King Institute of Preventive Medicine Micro-Biological Section reports 1909-11
Year: 1909
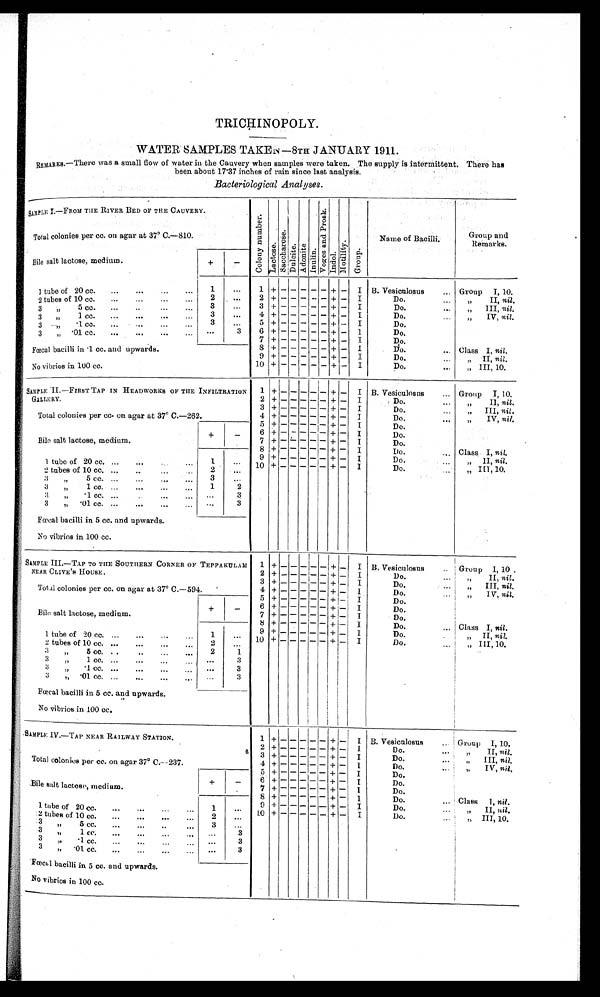
TRICHINOPOLY.
WATER SAMPLES TAKEN—8TH JANUARY 1911.
REMARKS.—There was a small flow of water in the Cauvery when samples were taken. The supply is intermittent. There has
been about 17.37 inches of rain since last analysis.
Bacteriological Analyses.
SAMPLE I.—FROM THE RIVER BED OF THE CAUVERY.
C o l o n y n u m b e r .
L a c t o s e . Saccharose.
D u l c i t e .
A d o n i t e .
I n u l i n . V o g e s a n d P r o s k . I n d o l . M o t i l i t y .
G r o u p .
Name of Bacilli.
Group and
Remarks.
Total colonies per cc. on agar at 37° C.—810.
Bile salt lactose, medium.
+
-
1 tube of 20 cc.
...
...
...
. . .
1
...
1
+ -
-
- -
-
+ -
I B. Vesiculosus
... Group
I, 10.
2 + - - - - - + -
I
Do.
...
„ II, nil.
2 tubes of 10 cc.
. . .
2
...
3
+ -
-
- -
- + -
I
Do.
...
„ III, nil.
3 „ 5 cc.
...
. . .
3
. . .
4
+ -
-
- -
- + -
I
Do.
„ I V ,
n i l .
3 „ 1 cc.
...
...
...
. . .
3
...
5 + - - - - -
+ -
I
Do.
3 „ .1 cc.
...
...
. . .
3
. . .
6 + - - - -
- + -
I
Do.
3 „ .01 cc.
...
...
...
. . .
. . .
3
7 + -
-
- -
- + - I
Do.
8
+ -
-
- -
- + -
I
Do. ... Class I, nil.
Fœcal bacilli in .1 cc. and upwards.
9
+ -
-
- -
- + -
I
Do.
...
„ II,
nil.
10 + -
-
- -
- + -
I
Do.
...
„ III, 10.
No vibrios in 100 cc.
SAMPLE II.—FIRST TAP IN HEADWORKS OF THE INFILTRATION
GALLERY.
1
+ -
- - - -
+
- I B. Vesiculosus
. . . Group
I,1 0 .
2 + -
- - - - +
- I
Do.
„ I I ,
n i l .
Total colonies per cc. on agar at 37° C.—262.
3 + -
- - - - +
- I
Do.
. . .
„ III,
n i l
.
4 + -
- - - - +
- I
Do....
„ IV,nil.
5 + -
- - - - +
-
I
Do.
Bile salt l actose, medium.
+
-
6 + -
- - - - + -
I
Do.
7 + -
- - - -
+ - I
Do.
8 + -
- - - -
+
- I
Do.
... Class I, nil.
1 tube of 20
cc. . . .
. . .
. . .
. . .
1
. . .
9 + - - - - - +
- I
Do.
„ I I .
n i l
10 + -
- - - -
+
- I
Do.
. . .
„ III, 10.
2
. . .
2 tubes of 10 cc. ...
..
...
3
...
3 „ 5 cc. ...
...
...
1
2
3 „ 1 cc.
...
...
...
. . .
3
3 „ .1 cc. ...
...
...
. . .
3
3 „ .01 cc. ...
...
...
...
Fœcal bacilli in 5 cc. and upwards.
No vibrios in 100 cc.
SAMPLE III.—TAP TO THE SOUTHERN CORNER OF TEPPAKULA
M NEAR CLIVE ' S HOUSE.
1
+ -
- - - -
+ -
I B. Vesiculosus
... Group I, 10 .
2 + - - -
- -
+ -
I
Do.
„ I I ,
n i l.
3 + - - - - - + -
I
Do. ... „ III. nil.
Total colonies per cc. on agar at 37° C.—594.
4
+ -
- - - - + - I
Do.
„ IV. nil.
5
+ -
- - - - + -
I
Do.
Bile salt lactose, medium.
+
-
6
+ - - -
-
- +
- I
Do.
7
+ -
- - - - +
- I
Do.
8
+ - -
- - - + -
I
Do.
. . . Class I,n i l .
1 tube of 20 cc. ...
...
...
...
1
. . .
9
+ -
- - - - + -
I
Do.
„ I I ,nil.
10
+ - - -
- + -
I
Do.
. . .
„ III, 10.
2
. . .
2 tubes of 10 cc. ...
...
...
...
3 „ 5 cc. ..
..
...
. . .
2
1
3 „ 1 cc. ...
...
...
...
3
. . .
3 „ .1 cc
.... . .
...
3
3 „ .01
cc. ...
...
...
...
. . .
3
Fœcal bacilli in 5 cc. and upwards.
No vibrios in 100 cc.
SAMPLE IV.—TAP NEAR RAILWAY STATION.
1
+ -
- -
- - + -
I B. Vesiculosus
... Group I, 10.
2 + - - - - - + -
I
Do.
...
„ II, nil.
Total colonies per cc. on agar 37° C.—237.
3
+ -
- -
- - + -
I
Do.
...
„
III,n i l .
4
+ -
- -
- - + -
I
Do.
„ I V ,ni l.
5
+ -
- -
- - + -
I
Bile salt lactose, medium.
+
-
Do.
6
+ -
- -
- - +
- I
Do.
7
+ -
- -
- - +
- I
Do.
8
+ -
- -
- - +
- I
Do.
... Class I, nil.
1 tube of 20 cc.
...
....
...
. . .
1
. . .
9
+ -
-
- -
-
+ - I
Do.
...
„ II, nil.
1 0 + -
- -
- - + -
I
2 tubes of 10 cc.
...
...
...
. . .
2
. . .
Do.
...
„ III, 10.
3 „ 5 cc.
...
...
..
...
3
. . .
3 „ 1 cc
...
...
..
...
. . .
3
3 „ .1 cc.
...
...
..
...
. . .
3
3 „ .01 cc.
...
...
...
. . .
. . .
3
Fœcal bacilli in 5 cc. and upwards.
No vibrios in 100 cc.